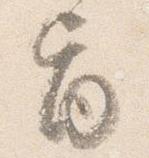
旨